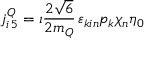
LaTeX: j _ { i \, 5 } ^ { Q } = \imath \frac { 2 \sqrt { 6 } } { 2 m _ { Q } } \, \varepsilon _ { k i n } p _ { k } \chi _ { n } \eta _ { 0 }